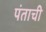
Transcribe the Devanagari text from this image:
पंताची